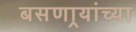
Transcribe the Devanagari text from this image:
बसणार्‍यांच्या